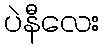
ပဲနီလေး